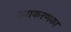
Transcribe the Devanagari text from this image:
व्याकरणका